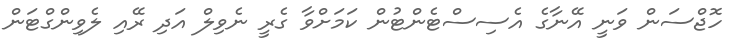
ހޮޖްސަން ވަނީ އޭނާގެ އެސިސްޓެންޓުން ކަމަށްވާ ގެރީ ނެވިލް އަދި ރޭއި ލެވިންގްޓަން